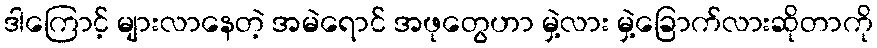
ဒါကြောင့် များလာနေတဲ့ အမဲရောင် အဖုတွေဟာ မှဲ့လား မှဲ့ခြောက်လားဆိုတာကို